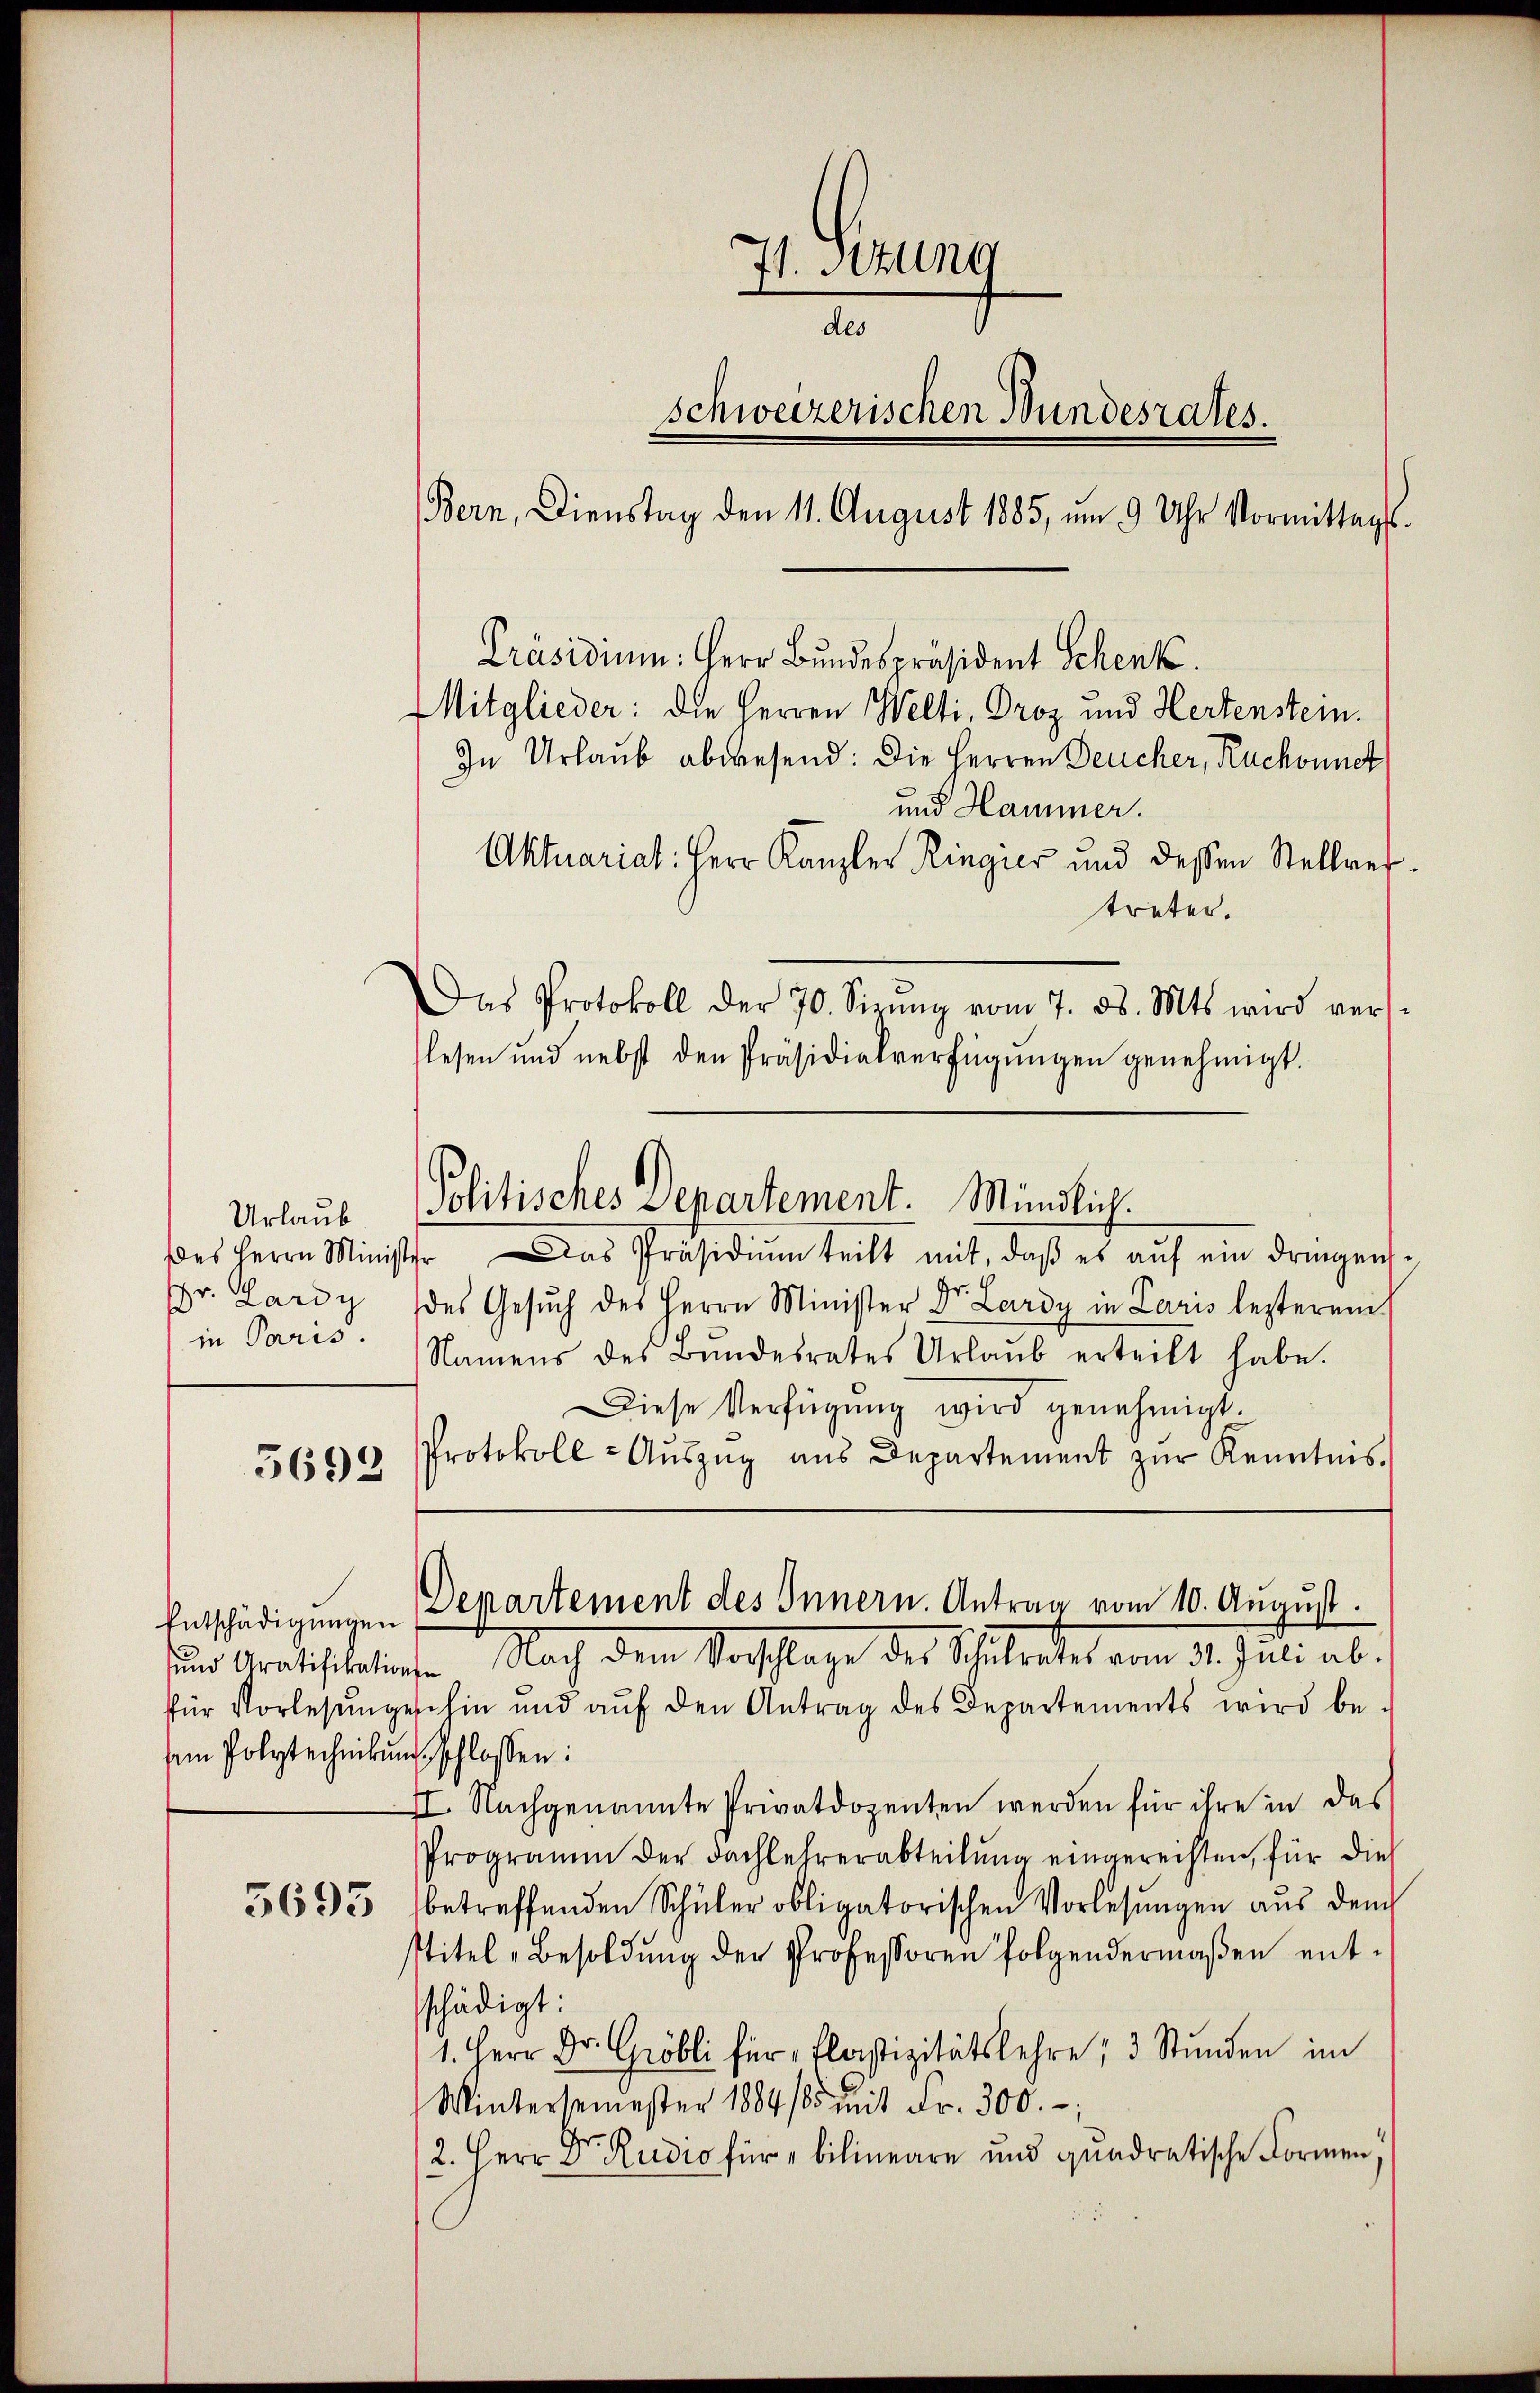
Urlaub
Des Herrn Minist
Dr. Lardy
in Paris

5692

Entschädigungen
und Gratifikati
für Vorlesung
iin Polytechniku

5693

Präsidium. Herr Bundespräsident Schenk.
Mitglieder: die Herren Welti, Droz und Hertenstein.
In Urlaub abwesend: Die Herren Deucher, Ruchonnet

71. Sitzung
des
schweizerischen Bundesrates.
Bern, Dienstag den 11. August 1885, um 9 Uhr Vormittags.

treter.
Das Protokoll der 70. Sizŭng vom 7. ds. Mts. wird vers-
lesen und nebst den Präsidialverfügŭngen genehmigt.
 Das Präsidiŭm teilt mit, daβ es aŭf ein dringens-
des Gesŭch des Herrn Minister Dr. Lardy in Paris lezterem
Namens des Bŭndesrates Urlaub erteilt habe.
Diese Verfügung wird genehmigt.
Protokoll-Aŭszŭg ans Departement zŭr Kenntnis.
Departement des Innern. Antrag vom 10. August.
Nach dem Vorschlage des Schulrates vom 31. Juli ab.
en
ihin und aŭf den Antrag des Departements wird be-
schlossen:
I. Nachgenannte Privatdozenten werden für ihre in das
Programm der Fachlehrerabteilung eingerechten, für die
betreffenden Schüler obligatorischen Vorlesungen aŭs dem
Titel Besoldŭng der Professoren folgendermaβen entsschädigt:
1. Herr Dr. Gröbli für Plastizitätslehre, 3 Stunden im
Wintersemester 1884/85 mit Fr. 300.-,
2. Herr Dr. Rudio für "bilineare und quadratische Formen,

Politisches Departement. Mündlich.

und Hammer.
Aktuariat: Herr Kanzler Ringier und dessen Stellver¬